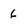
Character: 6